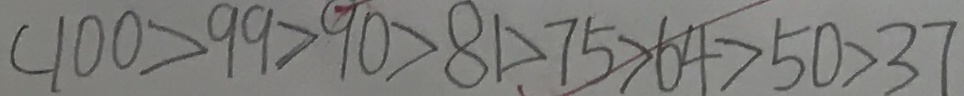
( 1 0 0 > 9 9 > 9 0 > 8 1 > 7 5 > 6 4 > 5 0 > 3 7